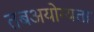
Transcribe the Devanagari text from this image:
तबअयोग्यता